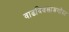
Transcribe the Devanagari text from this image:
वाढदिवसाअगोदर